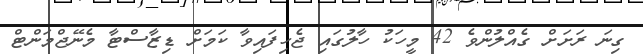
ގިނަ ރަށަށް ގެއްލުންވެ 42 މީހަކު ހާލުގައި ޖެހިފައިވާ ކަމަށް ޑިޒާސްޓާ މެނޭޖްމަންޓް